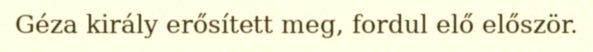
Géza király erősített meg, fordul elő először.